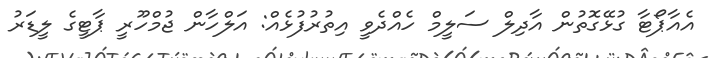
އެއާޕޯޓާ ގުޅޭގޮތުން އާދިލް ސަލީމް ހެއްދެވީ އިތުރުފުޅެއް: އަލްހާން ޖުމްހޫރީ ޕާޓީގެ ލީޑަރު